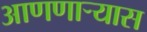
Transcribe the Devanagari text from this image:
आणणार्‍यास